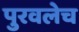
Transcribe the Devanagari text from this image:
पुरवलेच